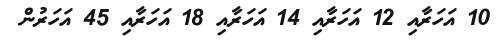
10 އަހަރާއި 12 އަހަރާއި 14 އަހަރާއި 18 އަހަރާއި 45 އަހަރުން